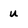
Character: u